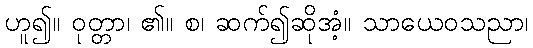
ဟူ၍။ ဝုတ္တာ၊ ၏။ စ၊ ဆက်၍ဆိုအံ့။ သာယေဝသညာ၊